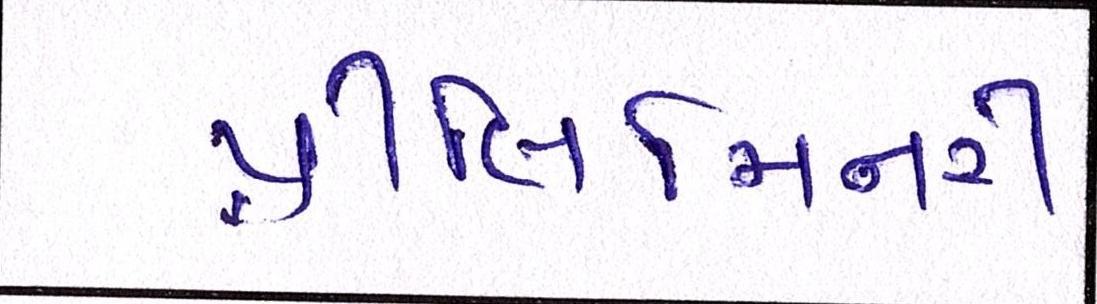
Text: પ્રીલિમિનરી